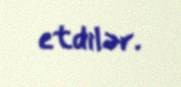
etdilər.